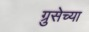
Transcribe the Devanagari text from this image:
ग्रुसेच्या